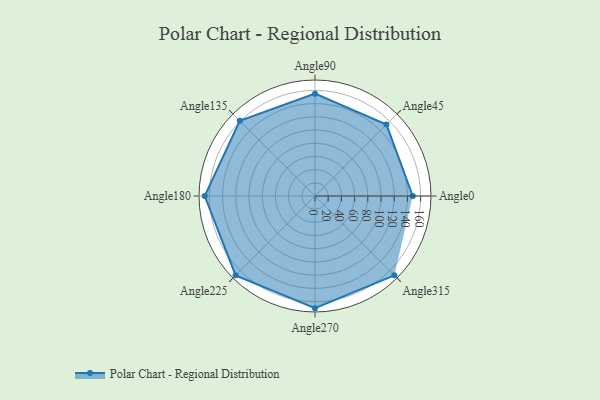
{"axis": {"x": "Angle", "y": "Radius"}, "legend": [""], "data": [{"x": "Angle0", "y": 148.0, "type": ""}, {"x": "Angle45", "y": 153.0, "type": ""}, {"x": "Angle90", "y": 155.0, "type": ""}, {"x": "Angle135", "y": 161.0, "type": ""}, {"x": "Angle180", "y": 167.0, "type": ""}, {"x": "Angle225", "y": 170, "type": ""}, {"x": "Angle270", "y": 170, "type": ""}, {"x": "Angle315", "y": 170, "type": ""}]}